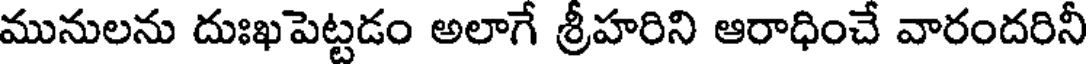
మునులను దుఃఖపెట్టడం అలాగే శ్రీహరిని ఆరాధించే వారందరినీ